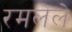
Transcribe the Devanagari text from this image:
रमलेले